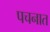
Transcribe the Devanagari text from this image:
पचनात